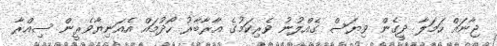
ޖާނައް ހަމަލާ ދީގެން ވިޔަސް ގެއްލުނު ވެރިކަމުގެ އާރާބާރު ހޯދުމައް އެއަނިޔާވެރީން ސިއްރާ